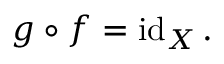
g \circ f = \operatorname { i d } _ { X } .